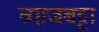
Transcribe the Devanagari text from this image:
व्याजबट्टा